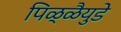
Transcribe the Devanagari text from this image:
पिळ्ळैयुडे